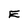
Character: E